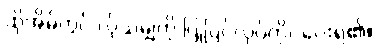
ထိုအိမ်တွင် လိုသမျှကို ပြုပြင်လုပ်ကိုင်ပေးရ၏။